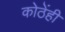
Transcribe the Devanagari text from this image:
कोठेंही